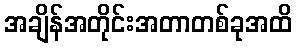
အချိန်အတိုင်းအတာတစ်ခုအထိ